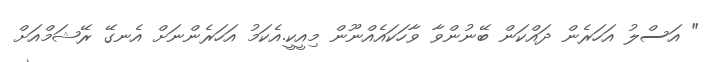
" އަސްލު އަހަރެން ދައްކަން ބޭނުންވާ ވާހަކައެއްނޫން މިއީކީ.އެކަމު އަހަރެންނަށް އެނގޭ ރޭޝަމްއަށް